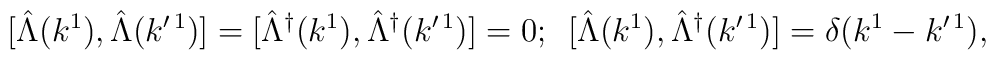
\mbox [\hat{\Lambda}(k^{1}),\hat{\Lambda}(k^{\prime \, 1})]=[\hat{\Lambda}^{\dagger}(k^{1}),\hat{\Lambda}^{\dagger}(k^{\prime \,1})]=0;\,\,\,[\hat{\Lambda}(k^{1}),\hat{\Lambda}^{\dagger}(k^{\prime \,1})]=\delta(k^{1}- k^{\prime \, 1}),